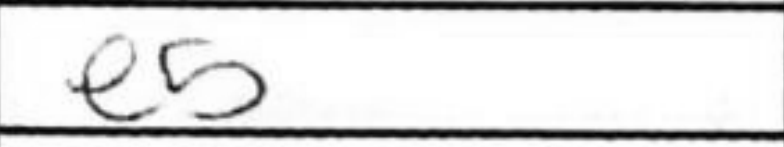
Transcription: e5